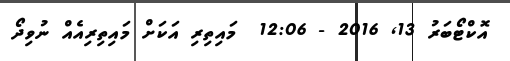
އޮކްޓޯބަރު 13